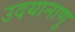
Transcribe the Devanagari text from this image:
उदयानाणु